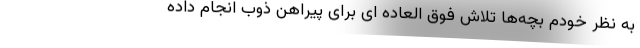
به نظر خودم بچه‌ها تلاش فوق العاده ای برای پیراهن ذوب انجام داده